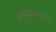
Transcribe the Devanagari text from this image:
अहमदशाहाचा